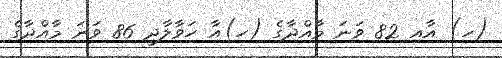
(ހ) އާއި 82 ވަނަ މާއްދާގެ (ހ)އާ ހަވާލާދީ 86 ވަނަ މާއްދާގެ